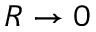
R \rightarrow 0